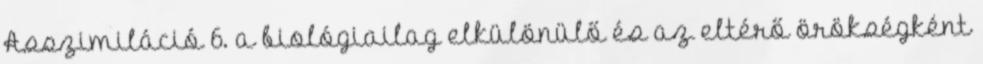
Asszimiláció 6. a biológiailag elkülönülő és az eltérő örökségként